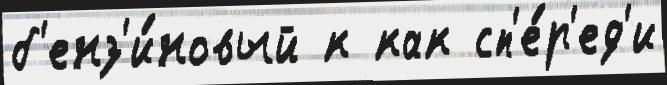
б'енз'и́новый к как сп'е́р'ед'и